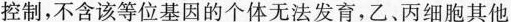
控制，不含该等位基因的个体无法发育，乙、丙细胞其他